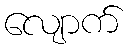
လျောက်